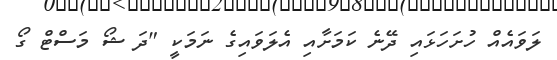
ލަވައެއް ހުށަހަޅައި ދޭނެ ކަމަށާއި އެލަވައިގެ ނަމަކީ "ދަ ޝޯ މަސްޓް ގޯ